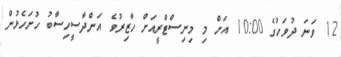
12 ވަނަ ދުވަހުގެ 10:00 އަށް މި މިނިސްޓްރީއަށް ހާޒިރުވެ އަންދާސީހިސާބު ހުށަހެޅުން